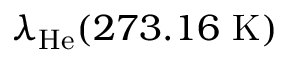
\lambda _ { \mathrm { H e } } ( 2 7 3 . 1 6 ~ \mathrm { K } )